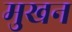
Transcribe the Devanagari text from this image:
मुखन